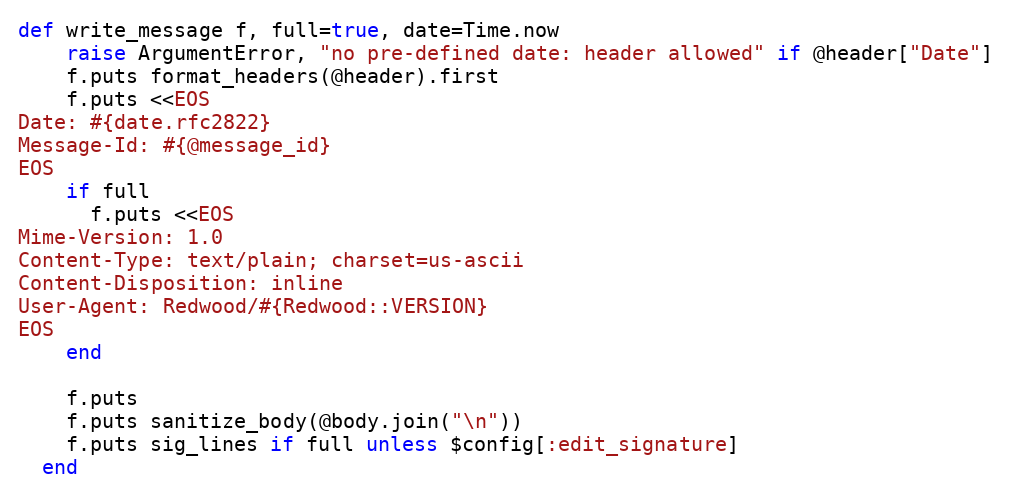
Language: Ruby
def write_message f, full=true, date=Time.now
    raise ArgumentError, "no pre-defined date: header allowed" if @header["Date"]
    f.puts format_headers(@header).first
    f.puts <<EOS
Date: #{date.rfc2822}
Message-Id: #{@message_id}
EOS
    if full
      f.puts <<EOS
Mime-Version: 1.0
Content-Type: text/plain; charset=us-ascii
Content-Disposition: inline
User-Agent: Redwood/#{Redwood::VERSION}
EOS
    end

    f.puts
    f.puts sanitize_body(@body.join("\n"))
    f.puts sig_lines if full unless $config[:edit_signature]
  end